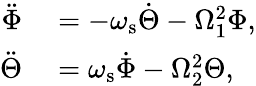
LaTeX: \begin{array}{rl}{\ddot{\Phi}}&{{}=-\omega_{\mathrm{s}}\dot{\Theta}-\Omega_{1}^{2}\Phi,}\\ {\ddot{\Theta}}&{{}=\omega_{\mathrm{s}}\dot{\Phi}-\Omega_{2}^{2}\Theta,}\end{array}